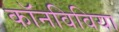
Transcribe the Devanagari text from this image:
कॉनविविया